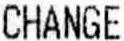
CHANGE